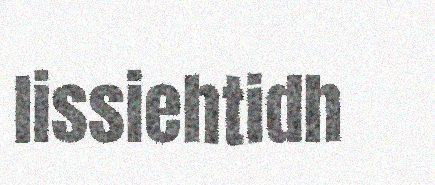
lissiehtidh